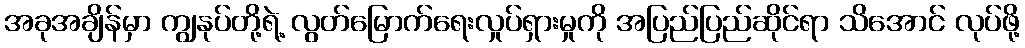
အခုအချိန်မှာ ကျွနုပ်တို့ရဲ့ လွတ်မြောက်ရေးလှုပ်ရှားမှုကို အပြည်ပြည်ဆိုင်ရာ သိအောင် လုပ်ဖို့